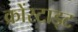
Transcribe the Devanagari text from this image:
क्रोंस्टाड्ट